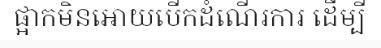
ផ្អាកមិនអោយបើកដំណើរការ ដើម្បី